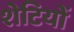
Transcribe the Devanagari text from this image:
शेटियों